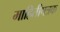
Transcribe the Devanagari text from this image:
माहितीपत्रक